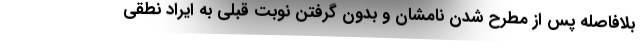
بلافاصله پس از مطرح شدن نامشان و بدون گرفتن نوبت قبلی به ایراد نطقی